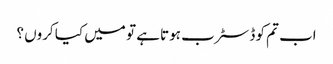
اب تم کو ڈسٹرب ہوتا ہے تو میں کیا کروں ؟